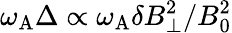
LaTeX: \omega_{\mathrm{A}}\Delta\propto\omega_{\mathrm{A}}\delta B_{\perp}^{2}/B_{0}^{2}